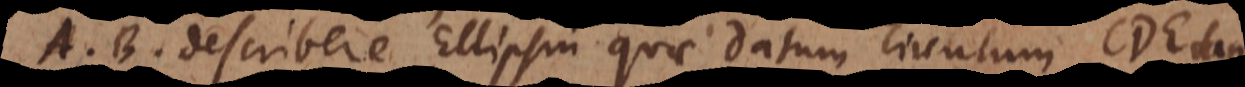
A, B describere Ellipsin quae datum circulum CDE